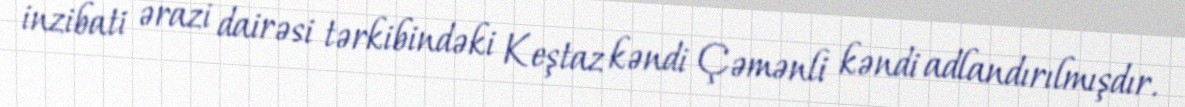
inzibati ərazi dairəsi tərkibindəki Keştaz kəndi Çəmənli kəndi adlandırılmışdır.